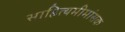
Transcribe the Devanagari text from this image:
साहित्यमीमांसक